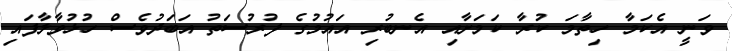
ވަނީ އެކަމާ ހިތާމަ ކުރާ ކަމަށާއި އެނބުރި އައުމުގެ ފުރުސަތު އަބަދުވެސް ހުޅުވާލާފައި